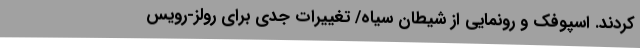
کردند. اسپوفک و رونمایی از شیطان سیاه/ تغییرات جدی برای رولز-رویس